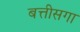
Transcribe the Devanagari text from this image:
बत्तीसगा